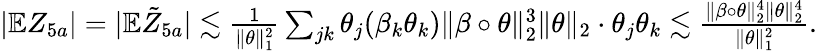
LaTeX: \begin{array}{r}{|\mathbb{E}Z_{5a}|=|\mathbb{E}\tilde{Z}_{5a}|\lesssim\frac{1}{\| \theta\| _{1}^{2}}\sum_{jk}\theta_{j}(\beta_{k}\theta_{k})\| \beta\circ\theta\| _{2}^{3}\| \theta\| _{2}\cdot\theta_{j}\theta_{k}\lesssim\frac{\| \beta\circ\theta\| _{2}^{4}\| \theta\| _{2}^{4}}{\| \theta\| _{1}^{2}}.}\end{array}